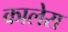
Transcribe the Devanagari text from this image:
कालेरा